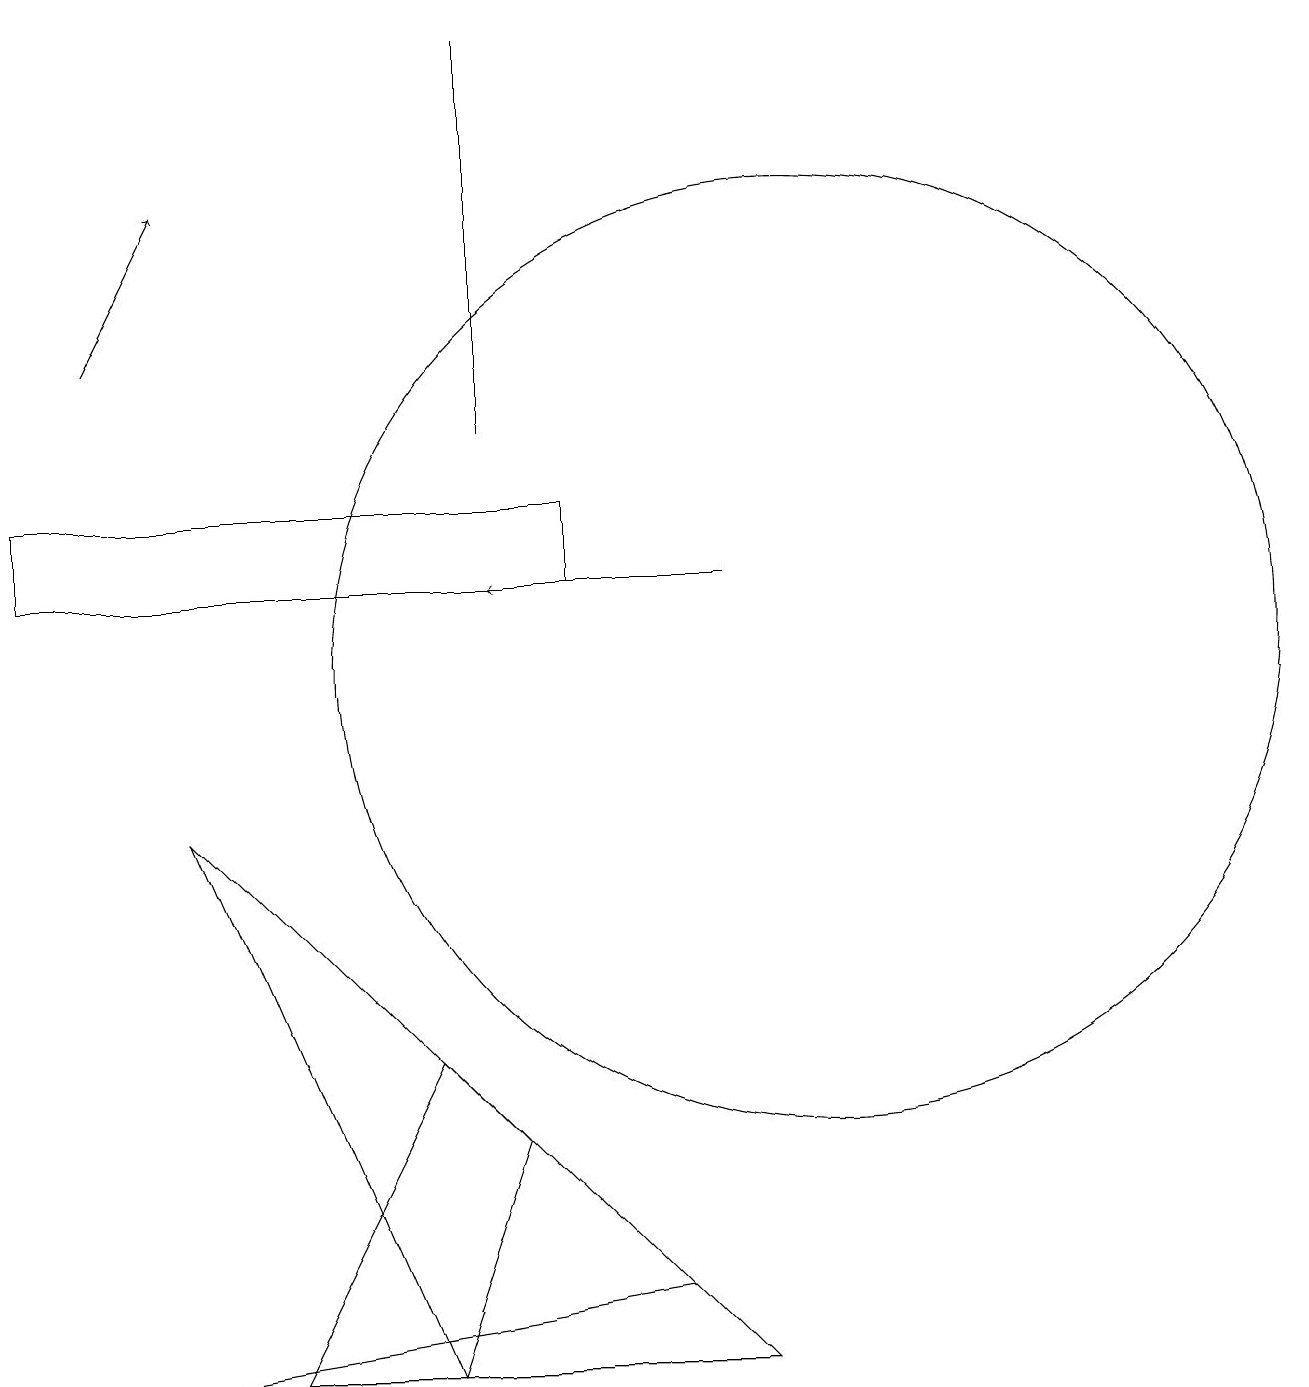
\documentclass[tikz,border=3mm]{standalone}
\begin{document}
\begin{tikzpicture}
\draw[->] (9,12) -- (6,12);
\draw (2,9) -- (6,5) -- (5,2) -- cycle;
\draw (5,6) -- (9,2) -- (3,2) -- cycle;
\draw (6,14) rectangle (6,19);
\draw (0,12) rectangle (7,13);
\draw (2,2) -- (8,3) -- (2,2) -- cycle;
\draw (10,11) circle (6);
\draw[->] (1,15) -- (2,17);
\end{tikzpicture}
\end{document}